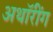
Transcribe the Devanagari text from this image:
अथॉरींग